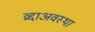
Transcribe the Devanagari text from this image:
व्रद्दाअवस्था